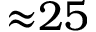
{ \approx } 2 5